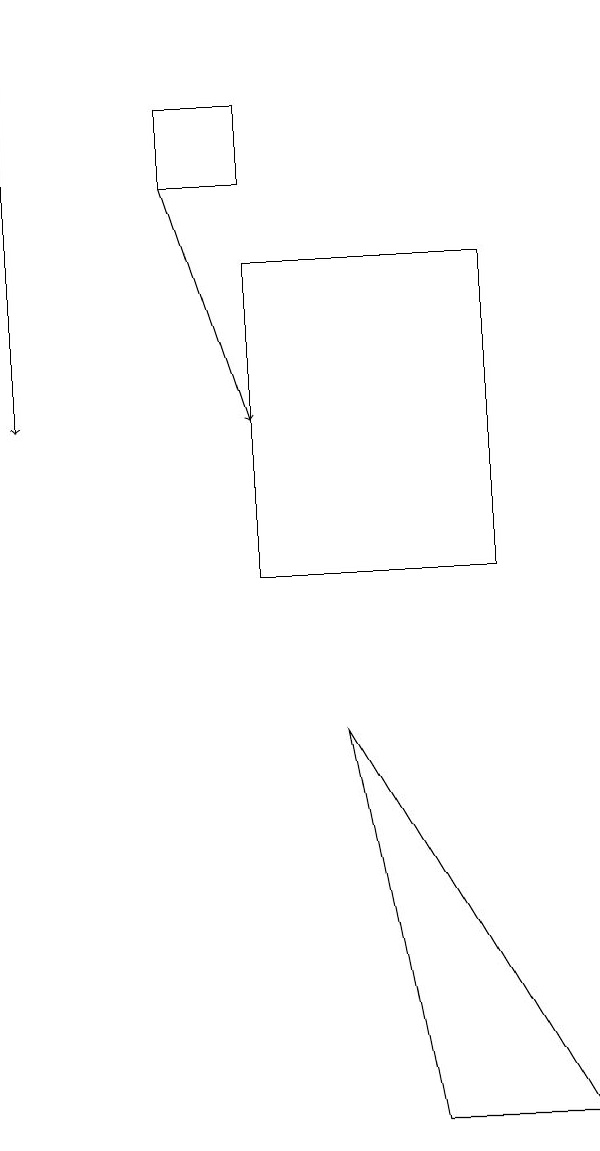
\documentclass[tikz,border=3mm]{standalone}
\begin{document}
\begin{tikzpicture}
\draw (9,3) -- (6,8) -- (7,3) -- cycle;
\draw[->] (4,15) -- (5,12);
\draw[->] (2,17) -- (2,12);
\draw (8,14) rectangle (5,10);
\draw (4,16) rectangle (5,15);
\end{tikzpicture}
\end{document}